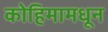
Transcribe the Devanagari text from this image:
कोहिमामधून